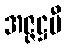
အဇ္ဇဋ္ဌမီ